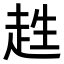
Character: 𧻊